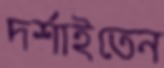
দর্শাইতেন